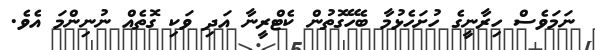
ނަމަވެސް ހިރާނީގެ ހުށަހެޅުމާ ބެހޭގޮތުން ކެޓްރީނާ އަދި ވަކި ގޮތެއް ނުނިންމަ އެވެ.